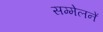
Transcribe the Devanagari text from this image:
सम्मेलनें